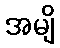
အမျိ